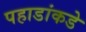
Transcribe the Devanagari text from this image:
पहाडांकडे